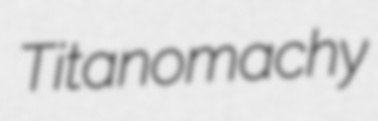
Titanomachy